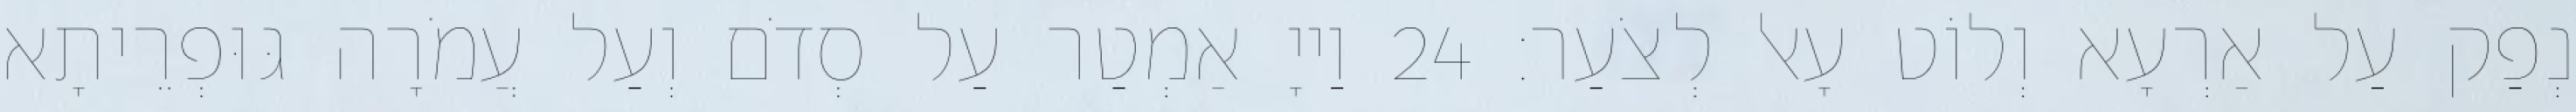
נְפַק עַל אַרְעָא וְלוֹט עָאל לְצֹעַר׃ 24 וַייָ אַמְטַר עַל סְדֹם וְעַל עֲמֹרָה גּוּפְרֵיתָא